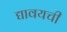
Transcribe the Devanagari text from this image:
द्यावयची